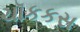
ચૉકકસ